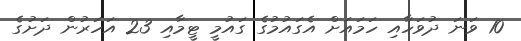
10 ވަނަ ދުވަހާއި ހަމައަށް އެގައުމުގެ ގައުމީ ޓީމާއި 23 އަހަރުން ދަށުގެ